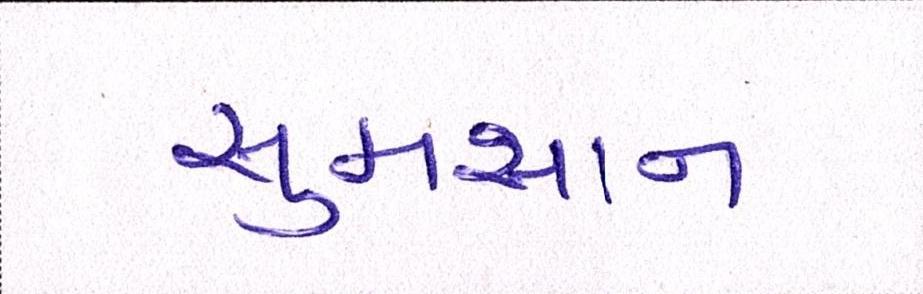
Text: સુમસાન